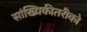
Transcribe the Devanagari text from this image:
सांख्यिकीतरीको